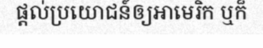
ផ្តល់ប្រយោជន៍ឲ្យអាមេរិក ឬក៏